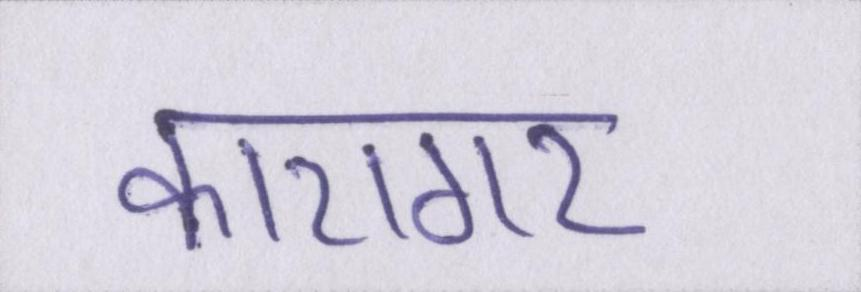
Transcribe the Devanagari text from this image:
कारागर